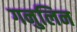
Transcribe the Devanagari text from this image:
गनुलिन